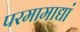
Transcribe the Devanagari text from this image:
परमामाद्यां